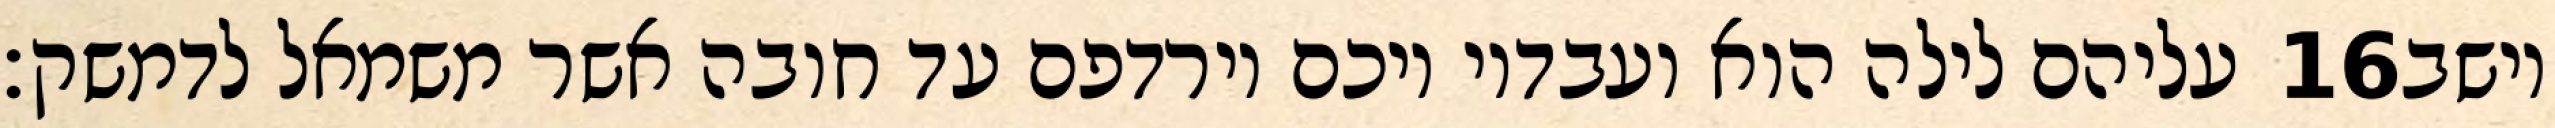
עליהם לילה הוא ועבדיו ויכם וירדפם עד חובה אשר משמאל לדמשק׃ ‎16‏ וישב